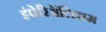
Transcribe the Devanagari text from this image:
इंपेरिॲलिझम